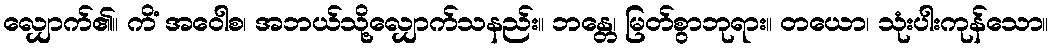
လျှောက်၏။ ကိံ အဝေါစ၊ အဘယ်သို့လျှောက်သနည်း။ ဘန္တေ၊ မြတ်စွာဘုရား။ တယော၊ သုံးပါးကုန်သော။